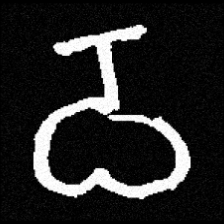
Pyu character \u2014 Myanmar letter: ဝ (romanized: wa)